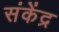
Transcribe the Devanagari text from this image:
संकेंद्र